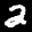
Label: 2